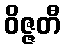
ဝိဇ္ဇတီ